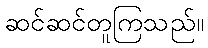
ဆင်ဆင်တူကြသည်။